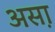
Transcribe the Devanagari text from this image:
अस़ा